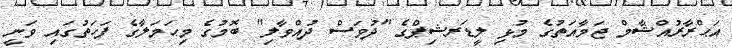
އަޙްރާރުއްޝާމް ޖަމާއަތުގެ މުޅި ލީޑަރޝިޕްގެ "ދުވަސް ދުއްވާލި" ބޮމުގެ މިޙަމަލާގެ ފަހަތުގައި ވަނީ